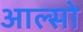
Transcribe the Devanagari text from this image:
आल्सो